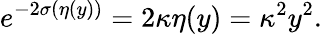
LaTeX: e^{-2\sigma(\eta(y))}=2\kappa\eta(y)=\kappa^{2}y^{2}.